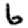
Digit: 6